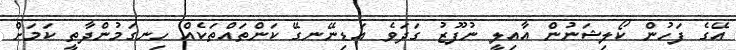
އޭގެ ފަހުން ކޯލިޝަނުން އާއިލީ ނުފޫޒު ގަދަވެ އަޑިނޭނގޭ ކަންތައްތަކެއް ހިނގަމުންދާތީ ކަމަށް